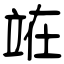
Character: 𫞼